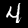
Label: 4